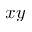
x y